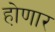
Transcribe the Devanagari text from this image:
हो़णार